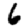
Digit: 6